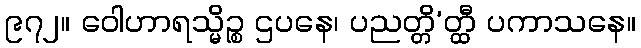
၉၇၂။ ဝေါဟာရသ္မိဉ္စ ဌပနေ၊ ပညတ္တိ’တ္ထီ ပကာသနေ။